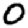
Digit: 0